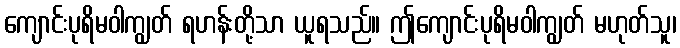
ကျောင်းပုရိမဝါကျွတ် ရဟန်းတို့သာ ယူရသည်။ ဤကျောင်းပုရိမဝါကျွတ် မဟုတ်သူ၊